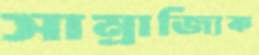
সাম্রাজ্যিক